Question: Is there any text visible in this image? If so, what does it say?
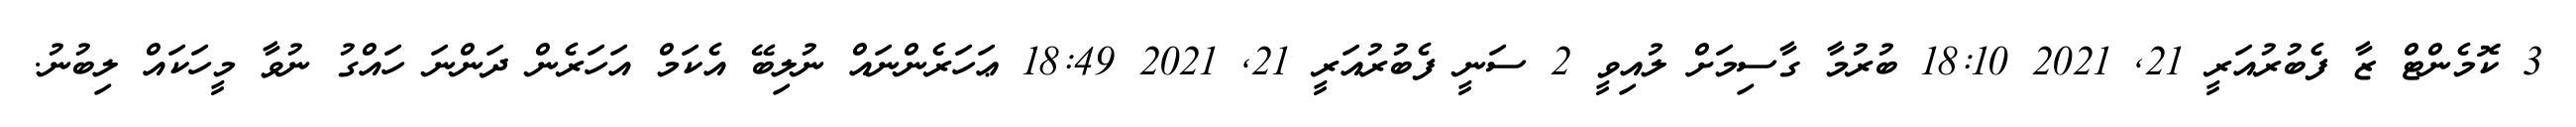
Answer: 3 ކޮމެންޓް ޒާ ފެބުރުއަރީ 21, 2021 18:10 ބުރުމާ ގާސިމަށް ލުއިވީ 2 ސަނީ ފެބުރުއަރީ 21, 2021 18:49 ޢަހަރެންނައް ނުލިބޭ އެކަމް އަހަރެން ދަންނަ ހައްގު ނުވާ މީހަކައް ލިބުނު.